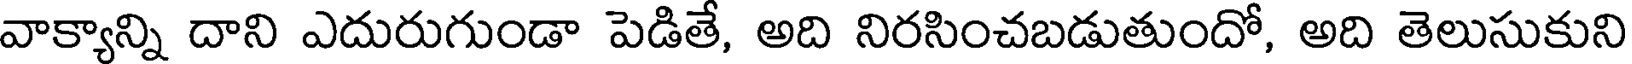
వాక్యాన్ని దాని ఎదురుగుండా పెడితే, అది నిరసించబడుతుందో, అది తెలుసుకుని